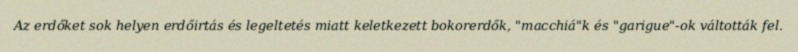
Az erdőket sok helyen erdőirtás és legeltetés miatt keletkezett bokorerdők, "macchiá"k és "garigue"-ok váltották fel.